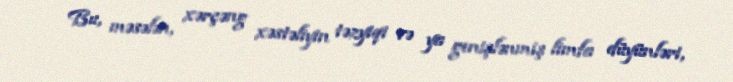
Bu, məsələn, xərçəng xəstəliyin təzyiqi və ya genişlənmiş limfa düyünləri,